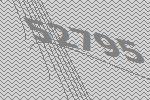
52795